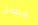
مناطق